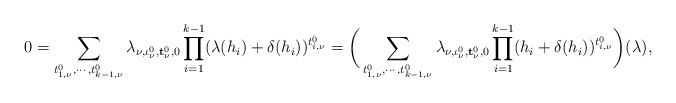
LaTeX: \begin{align*}0=\sum_{t_{1,\nu}^0,\cdots,t_{k-1,\nu}^0}\lambda_{\nu,\iota^0_\nu,{\bf t}_\nu^0,0}\prod_{i=1}^{k-1}(\lambda(h_i)+\delta(h_i))^{t_{i,\nu}^0}=\bigg(\sum_{t_{1,\nu}^0,\cdots,t_{k-1,\nu}^0}\lambda_{\nu,\iota^0_\nu,{\bf t}_\nu^0,0}\prod_{i=1}^{k-1}(h_i+\delta(h_i))^{t_{i,\nu}^0}\bigg)(\lambda),\end{align*}